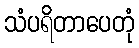
သံပရိတာပေတုံ